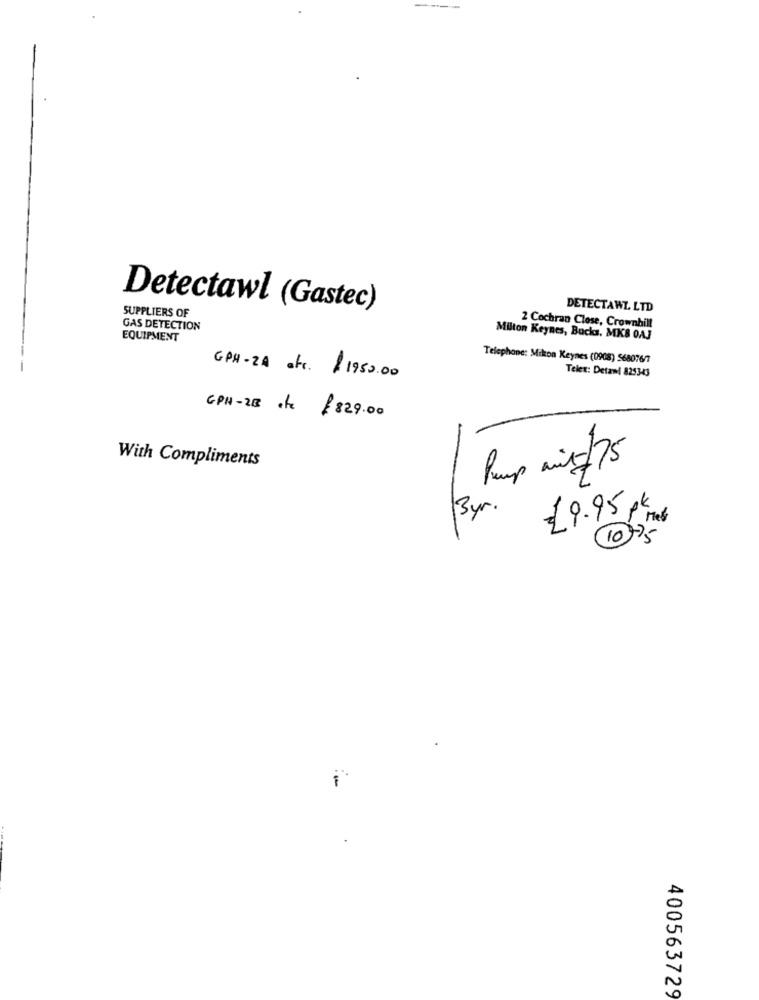
---
Detectawl (Gastec)
DETECTAWL LTD
SUPPLIERS OF
GAS DETECTION
2 Cochran Close, Crownhill
EQUIPMENT
Milton Keynes, Bucks. MKB 0AJ
Telephone: Mikon Keynes (0908) 568076/7
GPH-ZA str. $1950.00
Telex: Detani 825343
GPH-28 de £829.00
With Compliments
Pump mit/75
£ 9.95 pk
3 yr
1077
400563729